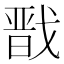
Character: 戬